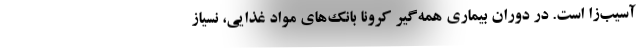
آسیب‌زا است. در دوران بیماری همه‌گیر کرونا بانک‌های مواد غذایی، نسیاز